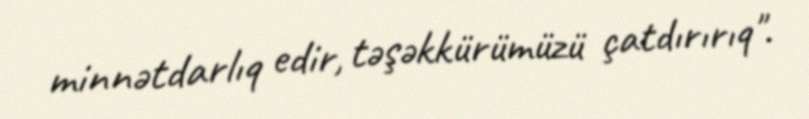
minnətdarlıq edir, təşəkkürümüzü çatdırırıq".